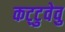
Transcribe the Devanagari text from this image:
कट्‌टुवेवु